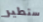
ستطير